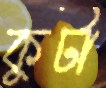
কুটা